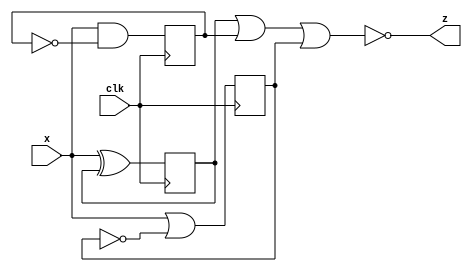
module top_module (
    input clk,
    input x,
    output z
); 

    wire q1, q2, q3;
    always @(posedge clk) begin
        q1 <= x ^ q1;
    end

    always @(posedge clk) begin
        q2 <= x & ~q2;
    end

    always @(posedge clk) begin
        q3 <= x | ~q3;
    end

    assign z = ~(q1 | q2 | q3);

endmodule